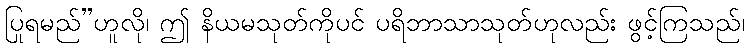
ပြုရမည်”ဟူလို၊ ဤ နိယမသုတ်ကိုပင် ပရိဘာသာသုတ်ဟုလည်း ဖွင့်ကြသည်၊